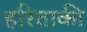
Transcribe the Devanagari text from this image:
हरिताकी